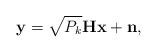
LaTeX: \begin{align*}\textbf{y} = \sqrt{P_k} \textbf{Hx} + \textbf{n},\end{align*}